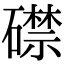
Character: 𥖜